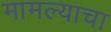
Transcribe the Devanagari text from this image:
मामल्याचा